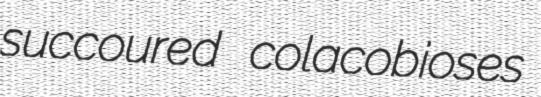
succoured colacobioses